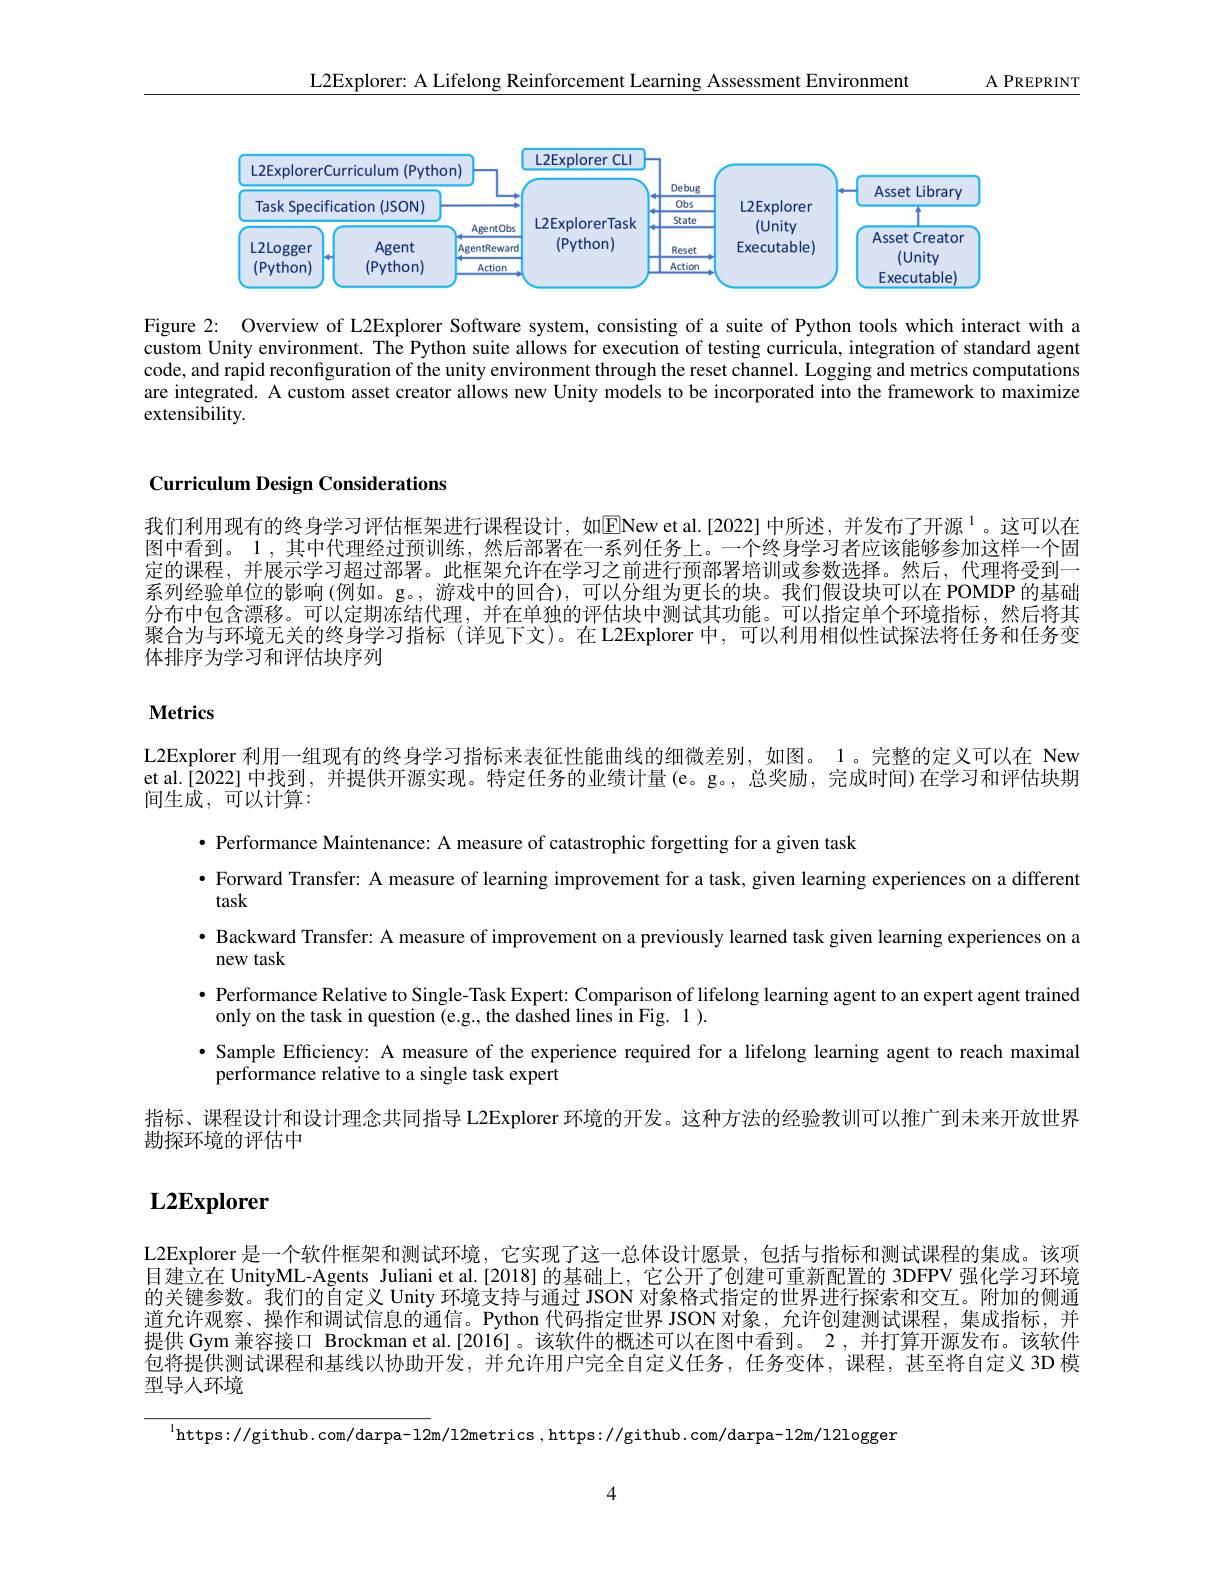
$\underline{A\:PREPRINT}$

L2Explorer: A Lifelong Reinforcement Learning Assessment Environment

<FigureHere>

Figure 2: Overview of L2Explorer Software system, consisting of a suite of Python tools which interact with a custom Unity environment. The Python suite allows for execution of testing curricula, integration of standard agent code, and rapid reconfiguration of the unity environment through the reset channel. Logging and metrics computations are integrated. A custom asset creator allows new Unity models to be incorporated into the framework to maximize extensibility.

Curriculum Design Considerations

我们利用现有的终身学习评估框架进行课程设计，如$\overline{\mathrm{ENew~et~al.[2022]}}$中所述，并发布了开源$^{1}$。这可以在图中看到。1,其中代理经过预训练，然后部署在一系列任务上。一个终身学习者应该能够参加这样一个固定的课程，并展示学习超过部署。此框架允许在学习之前进行预部署培训或参数选择。然后，代理将受到一系列经验单位的影响(例如。g。,游戏中的回合),可以分组为更长的块。我们假设块可以在 POMDP 的基础分布中包含漂移。可以定期冻结代理，并在单独的评估块中测试其功能。可以指定单个环境指标，然后将其聚合为与环境无关的终身学习指标 (详见下文)。在L2Explorer 中，可以利用相似性试探法将任务和任务变体排序为学习和评估块序列

## Metrics

L2Explorer 利用一组现有的终身学习指标来表征性能曲线的细微差别，如图。1。完整的定义可以在 New

et al.[2022] 中找到，并提供开源实现。特定任务的业绩计量(e。g。,总奖励，完成时间)在学习和评估块期

间生成，可以计算：

· Performance Maintenance: A measure of catastrophic forgetting for a given task
· Forward Transfer: A measure of learning improvement for a task, given learning experiences on a different
task
· Backward Transfer: A measure of improvement on a previously learned task given learning experiences on a
new task
$\bullet$ Performance Relative to Single-Task Expert: Comparison of lifelong learning agent to an expert agent trained
only on the task in question (e.g., the dashed lines in Fig. 1 ).
·Sample Efficiency: A measure of the experience required for a lifelong learning agent to reach maximal
performance relative to a single task expert
指标、课程设计和设计理念共同指导 L2Explorer 环境的开发。这种方法的经验教训可以推广到未来开放世界
勘探环境的评估中

# $\mathbf{L2Explorer}$

L2Explorer 是一个软件框架和测试环境，它实现了这一总体设计愿景，包括与指标和测试课程的集成。该项目建立在 UnityML-Agents Juliani et al.[2018] 的基础上，它公开了创建可重新配置的 3DFPV 强化学习环境的关键参数。我们的自定义 Unity 环境支持与通过 JSON 对象格式指定的世界进行探索和交互。附加的侧通道允许观察、操作和调试信息的通信。Python 代码指定世界 JSON 对象，允许创建测试课程，集成指标，并提供 Gym 兼容接口 Brockman et al.[2016]。该软件的概述可以在图中看到。2,并打算开源发布。该软件包将提供测试课程和基线以协助开发，并允许用户完全自定义任务，任务变体，课程，甚至将自定义 3D 模型导人环境

$^{\prime }$https: / / github. com/ darpa- 12m/ 12metrics , https: / / github. com/ darpa- l2m/ 12logger

4